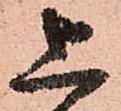
上